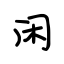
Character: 闲